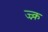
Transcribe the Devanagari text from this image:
ज्न्क